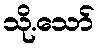
သို.သော်